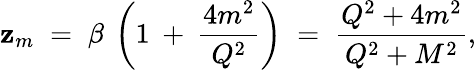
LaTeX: \mathbf{z}_{m}\; =\; \beta\: \left(1\: +\: \frac{{4m^{2}}}{{Q^{2}}}\right)\; =\; \frac{{Q^{2}+4m^{2}}}{{Q^{2}+M^{2}}},